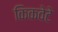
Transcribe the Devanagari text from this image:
किकवेटे